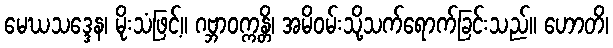
မေဃသဒ္ဒေန၊ မိုးသံဖြင့်။ ဂဗ္ဘာဝက္ကန္တိ၊ အမိဝမ်းသို့သက်ရောက်ခြင်းသည်။ ဟောတိ၊